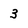
Character: 3